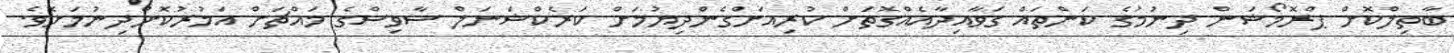
ބާތިލްކޮށް ޕްރޮމޯޝަން ދިނުމުގެ ކަންތައް ގަވާއިދާއެއްގޮތަށް ކުރިއަށްގެންދިޔުމަށް ކަރެކްޝަނަލް ސާވިސްގެ މައްޗަށް އަމުރުކޮށްދިނުމަށެވެ.